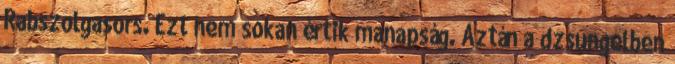
Rabszolgasors. Ezt nem sokan értik manapság. Aztán a dzsungelben